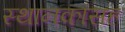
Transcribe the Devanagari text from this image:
स्थानकांसह